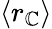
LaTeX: \langle r_{\mathbb{C}}\rangle